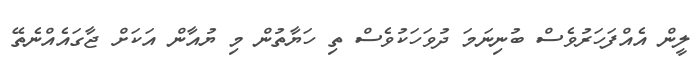
ލީން އެއްފަހަރުވެސް ބުނިނަމަ ދުވަހަކުވެސް ތި ހަޔާތުން މި ޔުއާން އަކަށް ޖާގައެއްނެތޭ